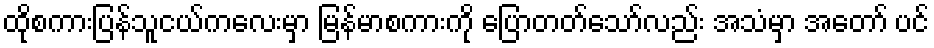
ထိုစကားပြန်သူငယ်ကလေးမှာ မြန်မာစကားကို ပြောတတ်သော်လည်း အသံမှာ အတော် ပင်